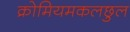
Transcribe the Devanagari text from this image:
क्रोमियमकलछुल